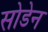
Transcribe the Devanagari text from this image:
सोडेन